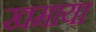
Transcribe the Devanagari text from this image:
खमाया